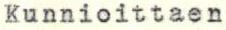
Kunnioittaen